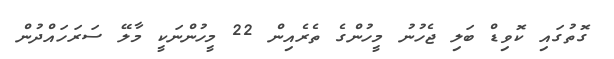
ގޮތުގައި ކޮވިޑް ބަލި ޖެހުނު މީހުންގެ ތެރެއިން 22 މީހުންނަކީ މާލޭ ސަރަހައްދުން